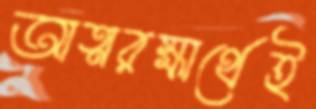
আত্মরক্ষার্থেই